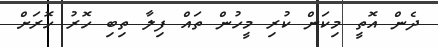
ދެން އޮތީ މިކަން ކުރި މީހުން ތައް ފިލާ ތިބި ހޮރު ހޮރަށް